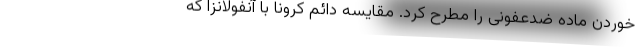
خوردن ماده ضدعفونی را مطرح کرد. مقایسه دائم کرونا با آنفولانزا که